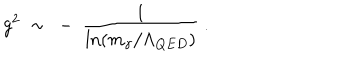
LaTeX: g ^ { 2 } \ \sim \ - \ \frac 1 { \ln ( m _ { \gamma } / \Lambda _ { Q E D } ) } \ .